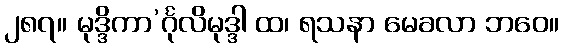
၂၈၇။ မုဒ္ဒိကာ’င်္ဂုလိမုဒ္ဒါ ထ၊ ရသနာ မေခလာ ဘဝေ။